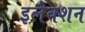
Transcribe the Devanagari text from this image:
इलैक्शन